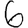
Digit: 6